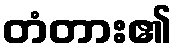
တံတား၏